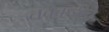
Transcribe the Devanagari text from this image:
तबकडीचे